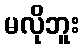
မလိုဘူး